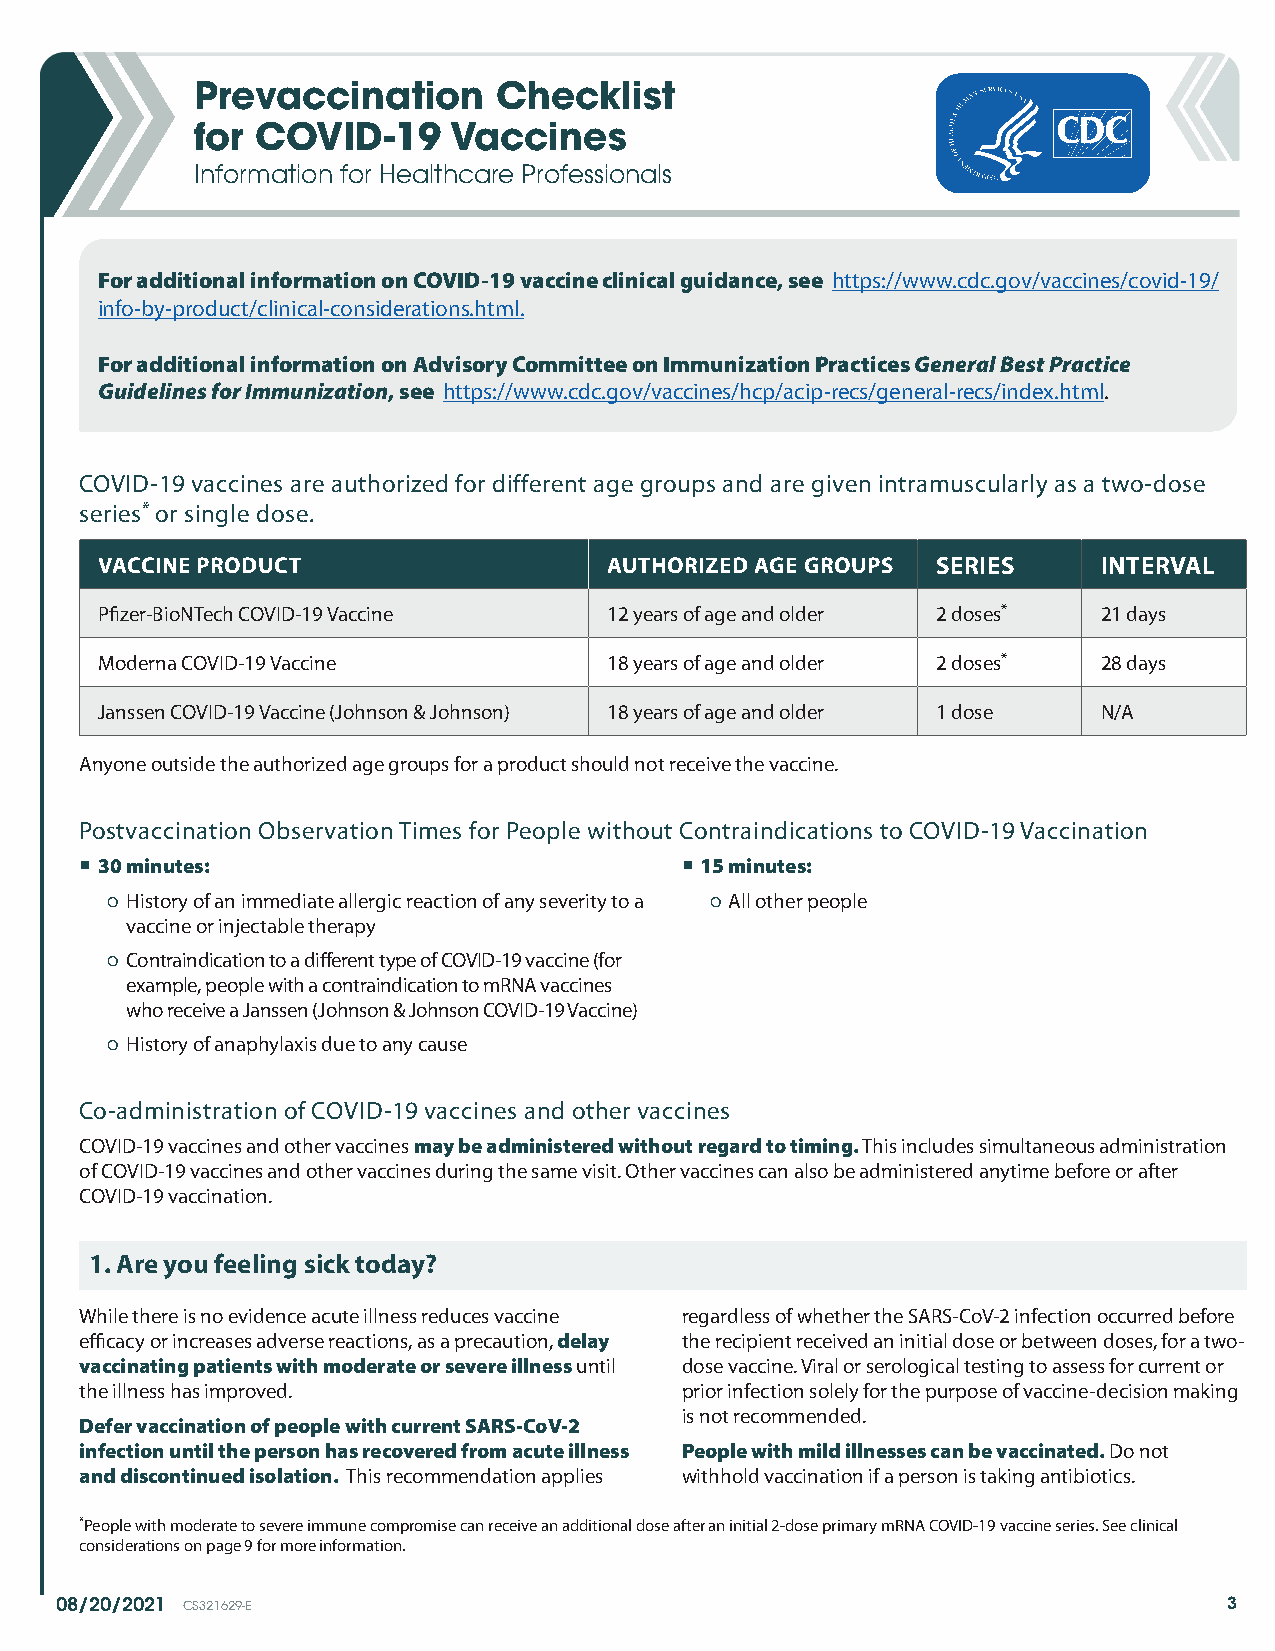
Prevaccination      Checklist
 for COVID-19     Vaccines
 Information for Healthcare Professionals
 For additional information on COVID-19 vaccine clinical guidance, see https://www.cdc.gov/vaccines/covid-19/
 info-by-product/clinical-considerations.html.
 For additional information on Advisory Committee on Immunization Practices General Best Practice
 Guidelines for Immunization, see https://www.cdc.gov/vaccines/hcp/acip-recs/general-recs/index.html.
 COVID-19 vaccines are authorized for different age groups and are given intramuscularly as a two-dose
 series* or single dose.
 VACCINE PRODUCT                   AUTHORIZED AGE GROUPS SERIES     INTERVAL
 Pfizer-BioNTech COVID-19 Vaccine  12 years of age and older 2 doses* 21 days
 Moderna COVID-19 Vaccine         18 years of age and older 2 doses* 28 days
 Janssen COVID-19 Vaccine (Johnson & Johnson) 18 years of age and older 1 dose N/A
 Anyone outside the authorized age groups for a product should not receive the vaccine.
 Postvaccination Observation Times for People without Contraindications to COVID-19 Vaccination
  30 minutes:                            15 minutes:
 ○ History of an immediate allergic reaction of any severity to a ○ All other people
 vaccine or injectable therapy
 ○ Contraindication to a different type of COVID-19 vaccine (for
 example, people with a contraindication to mRNA vaccines
 who receive a Janssen (Johnson & Johnson COVID-19 Vaccine)
 ○ History of anaphylaxis due to any cause
 Co-administration of COVID-19 vaccines and other vaccines
 COVID-19 vaccines and other vaccines may be administered without regard to timing. This includes simultaneous administration
 of COVID-19 vaccines and other vaccines during the same visit. Other vaccines can also be administered anytime before or after
 COVID-19 vaccination.
 1. Are you feeling sick today?
 While there is no evidence acute illness reduces vaccine regardless of whether the SARS-CoV-2 infection occurred before
 efficacy or increases adverse reactions, as a precaution, delay the recipient received an initial dose or between doses, for a two-
 vaccinating patients with moderate or severe illness until dose vaccine. Viral or serological testing to assess for current or
 the illness has improved.               prior infection solely for the purpose of vaccine-decision making
 is not recommended.
 Defer vaccination of people with current SARS-CoV-2
 infection until the person has recovered from acute illness People with mild illnesses can be vaccinated. Do not
 and discontinued isolation. This recommendation applies withhold vaccination if a person is taking antibiotics.
 *People with moderate to severe immune compromise can receive an additional dose after an initial 2-dose primary mRNA COVID-19 vaccine series. See clinical
 considerations on page 9 for more information.
 08/20/2021 CS321629-E                                                        3